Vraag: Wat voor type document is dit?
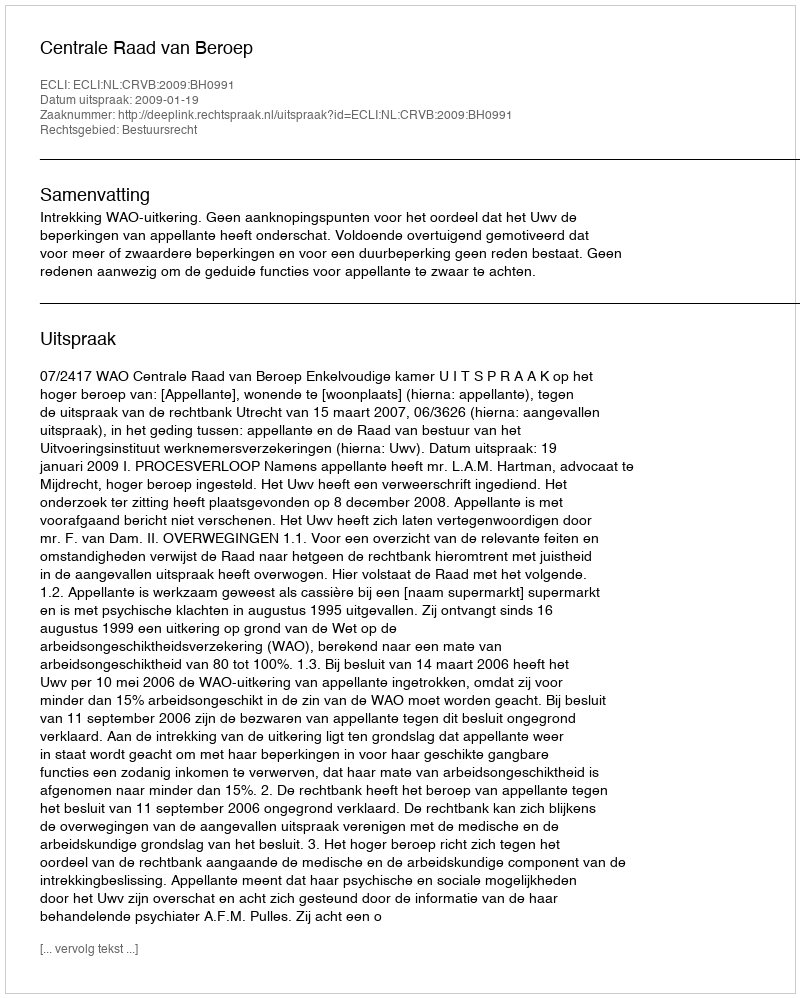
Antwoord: Uitspraak